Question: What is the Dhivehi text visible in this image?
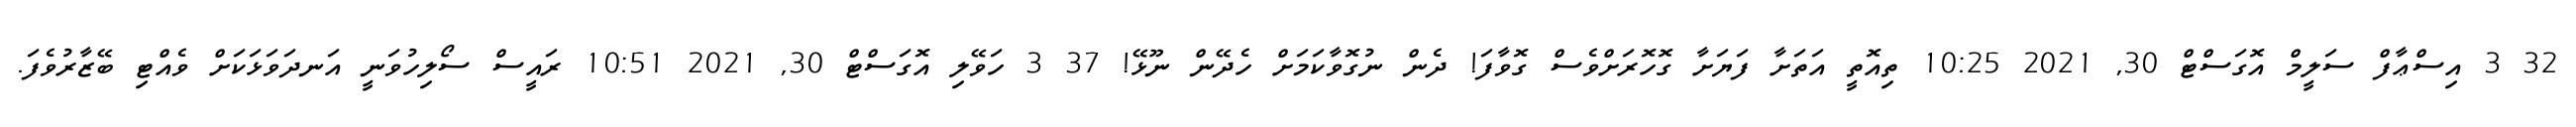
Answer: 32 3 އިސްޢާފް ސަލީމް އޮގަސްޓް 30, 2021 10:25 ތިއޮތީ އަތަށާ ފަޔަށާ ގޮހޮރަށްވެސް ގޮވާފަ! ދެން ނުގޮވާކަމަށް ހެދޭން ނޫޅޭ! 37 3 ހަވޭލި އޮގަސްޓް 30, 2021 10:51 ރައީސް ސޯލިހުވަނީ އަނދަވަޅަކަށް ވެއްޓި ބޭޒާރުވެފަ.